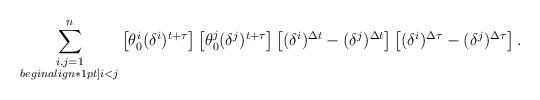
LaTeX: \begin{align*}\sum_{\substack{i,j=1\\begin{align*}1pt] i < j}}^n \left[\theta_0^i(\delta^i)^{t+\tau}\right]\left[\theta_0^j(\delta^j)^{t+\tau}\right]\left[(\delta^i)^{\Delta{t}}-(\delta^j)^{\Delta{t}}\right]\left[(\delta^i)^{\Delta\tau}-(\delta^j)^{\Delta\tau}\right].\end{align*}